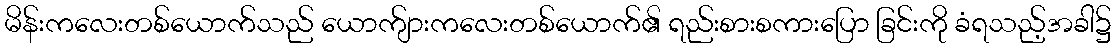
မိန်းကလေးတစ်ယောက်သည် ယောက်ျားကလေးတစ်ယောက်၏ ရည်းစားစကားပြော ခြင်းကို ခံရသည့်အခါ၌